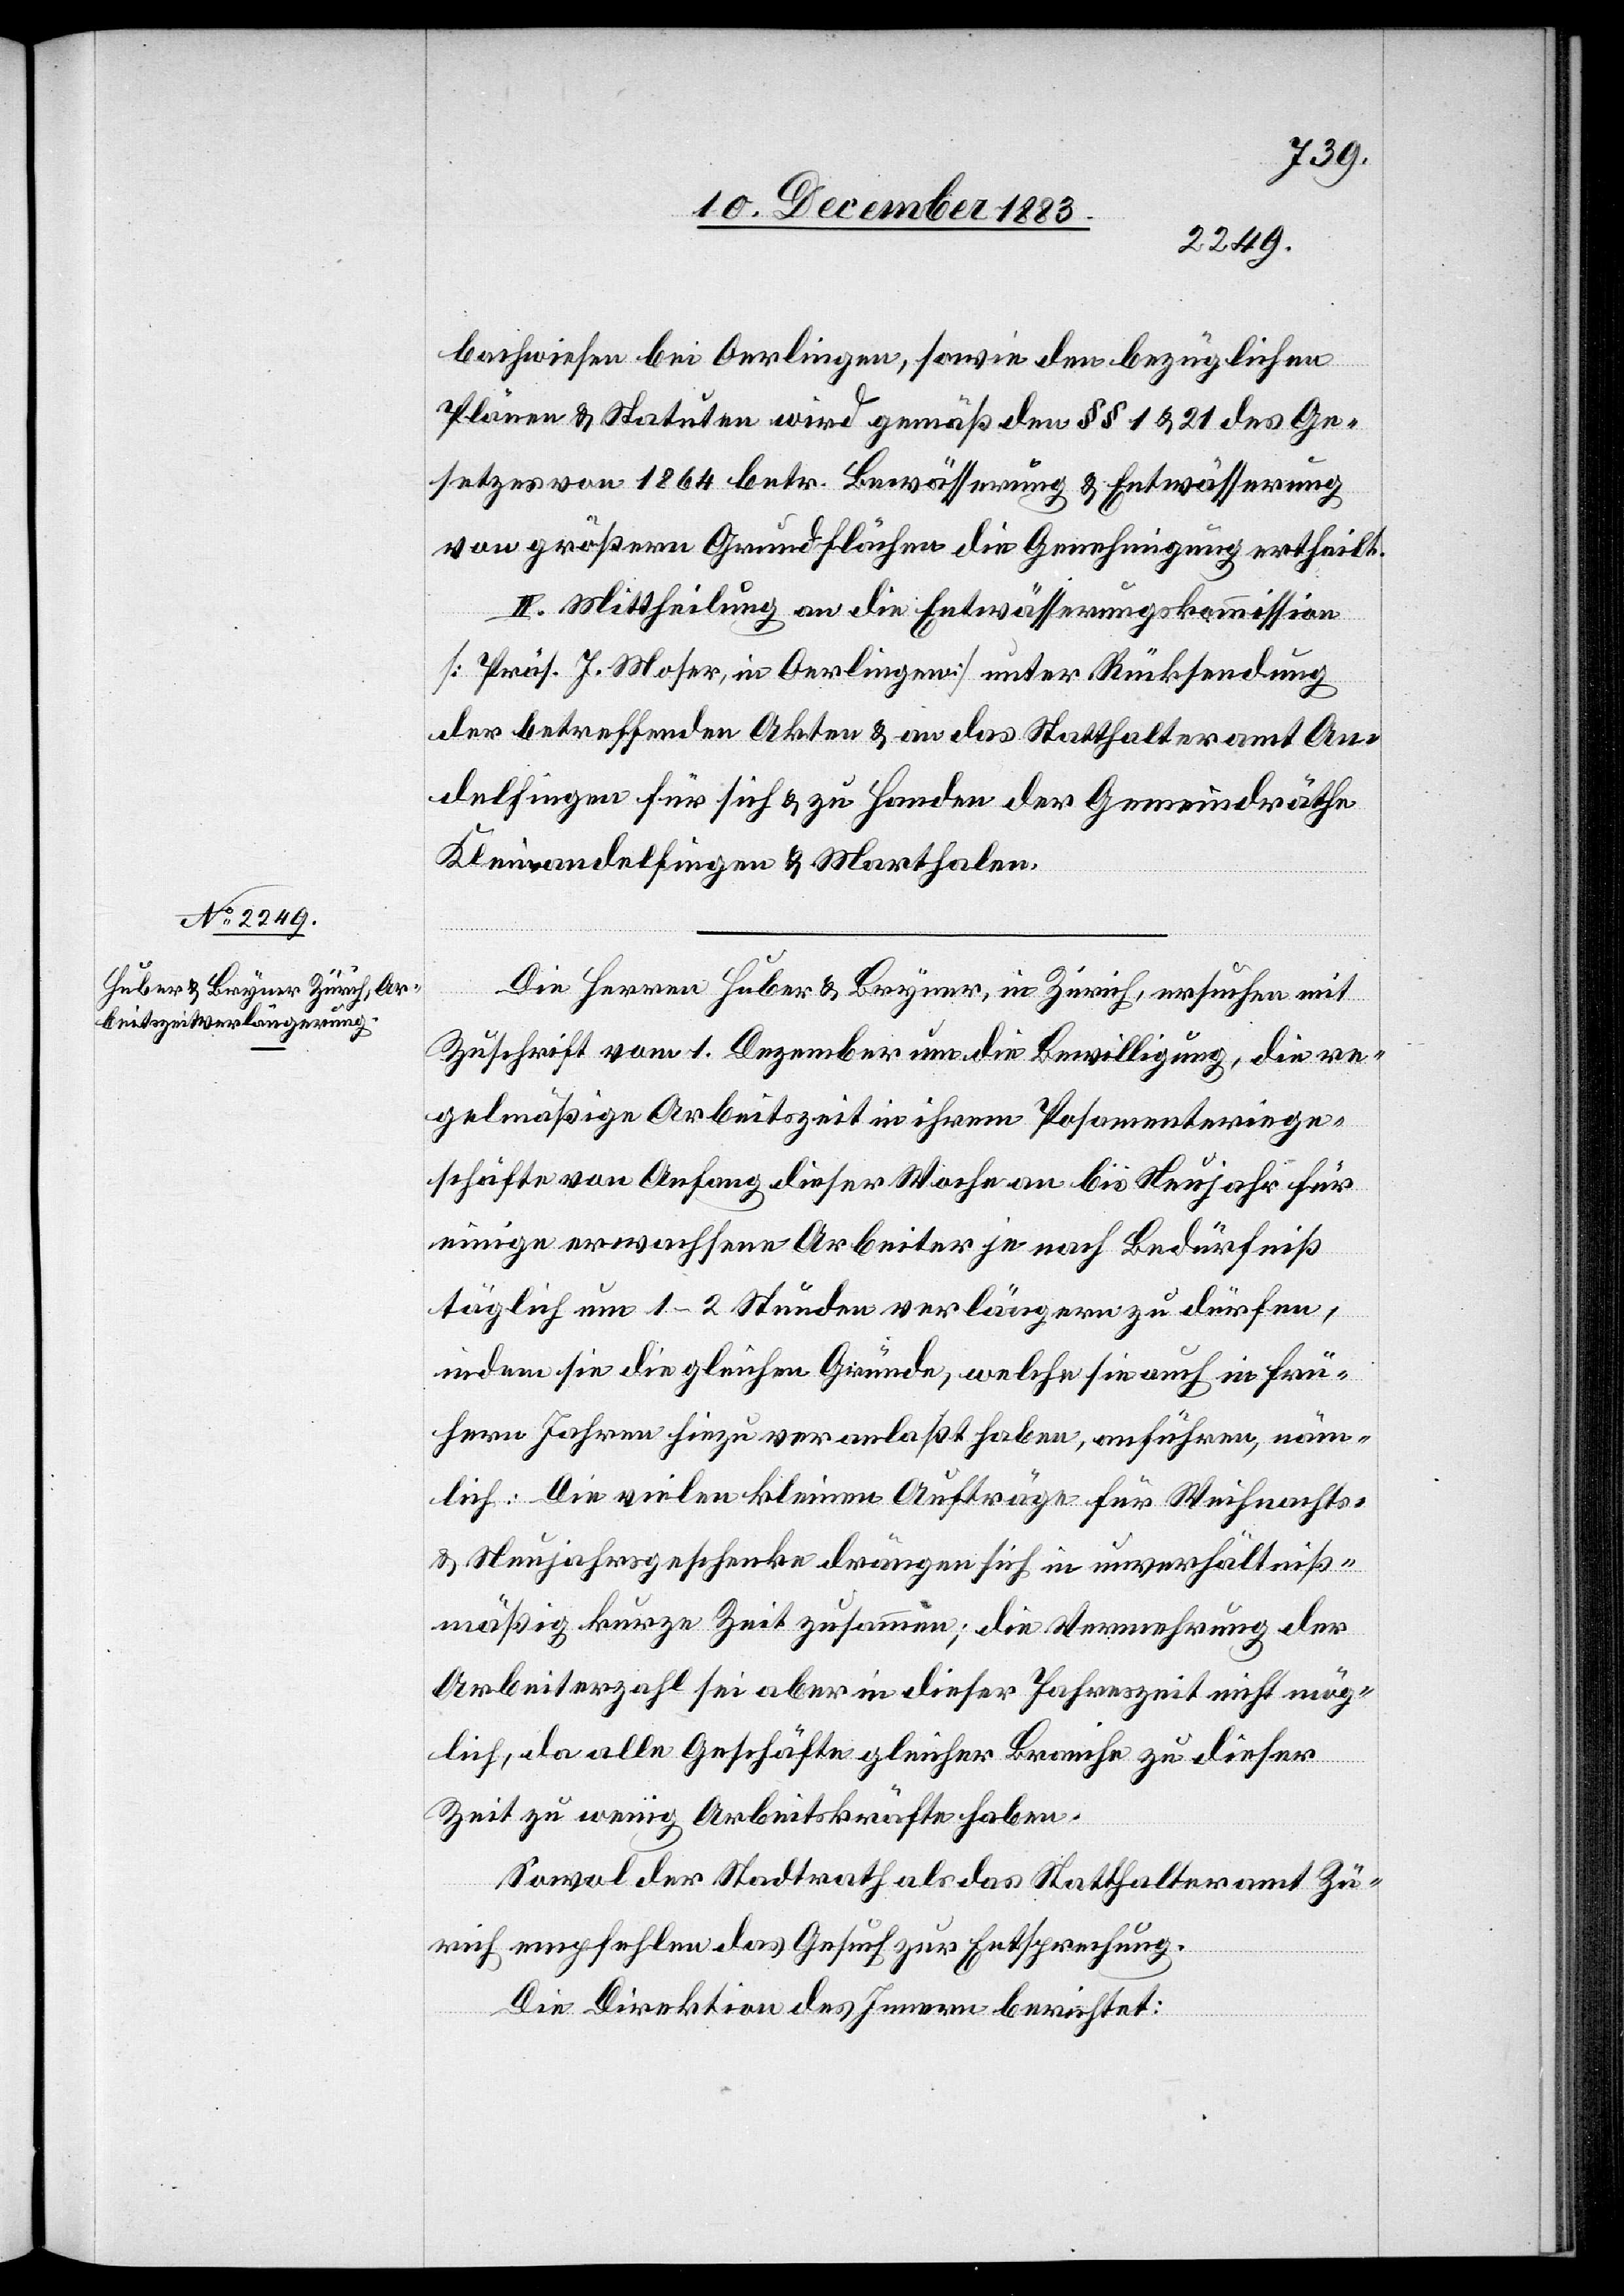
bachwiesen bei Oerlingen, sowie den bezüglichen
Plänen & Statuten wird gemäß den §§ 1 & 21 des Ge¬
setzes von 1864 betr. Bewässerung & Entwässerung
von größern Grundflächen die Genehmigung ertheilt.
II. Mittheilung an die Entwässerungskommission
[Präs. J. Moser, in Oerlingen] unter Rücksendung
der betreffenden Akten & an das Statthalteramt An¬
delfingen für sich & zu Handen der Gemeindräthe
Kleinandelfingen & Marthalen.
Die Herren Huber & Bryner, in Zürich, ersuchen mit
Zuschrift vom 1. Dezember um die Bewilligung, die re¬
gelmäßige Arbeitszeit in ihrem Posamenteriege¬
schäfte von Anfang dieser Woche an bis Neujahr für
einige erwachsene Arbeiter je nach Bedürfniß
täglich um 1–2 Stunden verlängern zu dürfen,
indem sie die gleichen Gründe, welche sie auch in frü¬
hern Jahren hiezu veranlaßt haben, anführen, näm¬
lich: Die vielen kleinen Aufträge für Weihnachts-
& Neujahrsgeschenke drängen sich in unverhältniß¬
mäßig kurze Zeit zusammen; die Vermehrung der
Arbeiterzahl sei aber in dieser Jahreszeit nicht mög¬
lich, da alle Geschäfte gleicher Branche zu dieser
Zeit zu wenig Arbeitskräfte haben.
Sowol der Stadtrath als das Statthalteramt Zü¬
rich empfehlen das Gesuch zur Entsprechung.
Die Direktion des Innern berichtet: